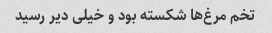
تخم مرغ‌ها شکسته بود و خیلی دیر رسید